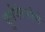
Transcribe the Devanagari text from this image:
पुर्वपंरपरेने